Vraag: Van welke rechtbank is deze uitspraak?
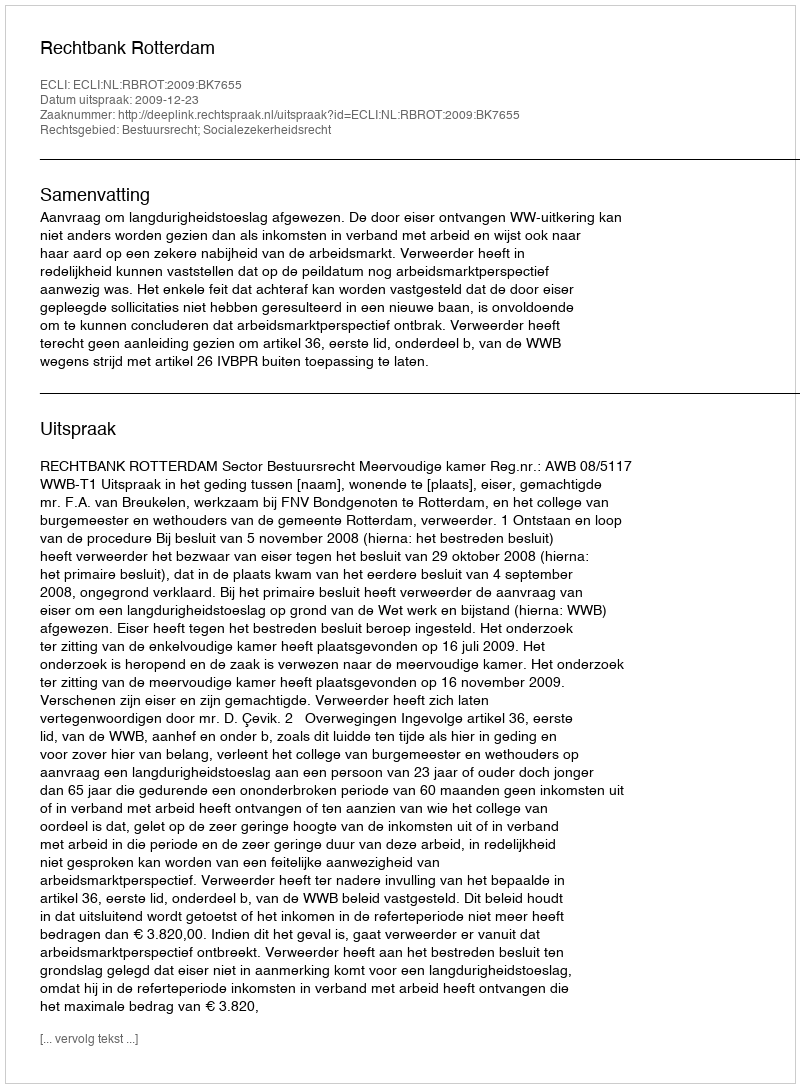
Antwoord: Rechtbank Rotterdam